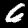
Label: 6